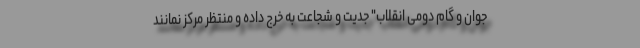
جوان و گام دومی انقلاب" جدیت و شجاعت به خرج داده و منتظر مرکز نمانند